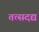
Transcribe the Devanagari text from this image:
तत्सदद्य